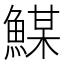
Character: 𩹮